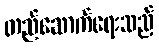
တည်ဆောက်ရေးသည်